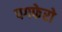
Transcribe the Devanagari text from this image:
पगफेरो